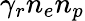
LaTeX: \gamma_{r}n_{e}n_{p}